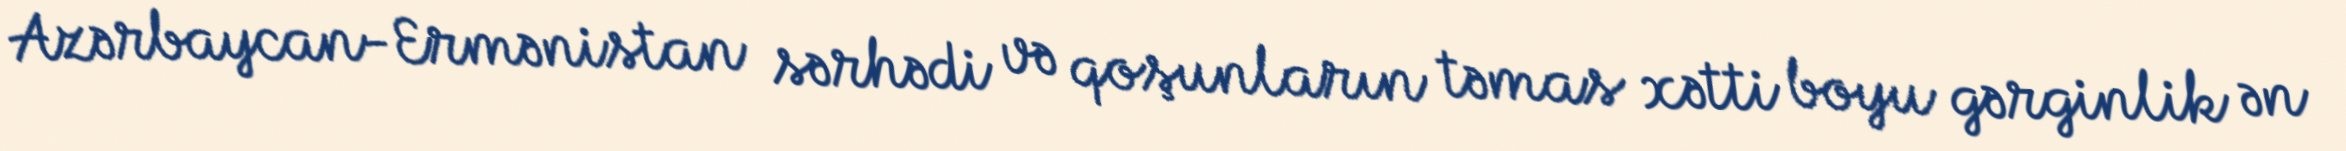
Azərbaycan-Ermənistan sərhədi və qoşunların təmas xətti boyu gərginlik ən